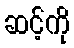
ဆင့်ကို